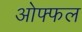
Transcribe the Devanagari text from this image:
ओफ्फल